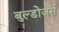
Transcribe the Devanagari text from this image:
बुल्डोज़र्स